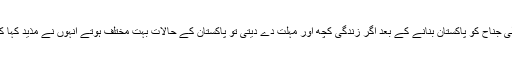
آسٹریا کی معروف سماجی شخصیت لالہ محمد حسین خان تبسم نے کہا کہ قائد اعظم محمد علی جناح کو پاکستان بنانے کے بعد اگر زندگی کچھ اور مہلت دے دیتی تو پاکستان کے حالات بہت مختلف ہوتے اُنہوں نے مذید کہا کہ عمران خان واحد لیڈر ہے جو اس وقت پاکستان کو صیح سمت کی طرف لیکر جاسکتا ہے ۔